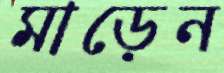
মাড়েন